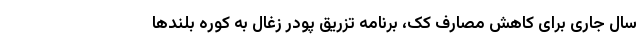
سال جاری برای کاهش مصارف کک، برنامه تزریق پودر زغال به کوره بلندها